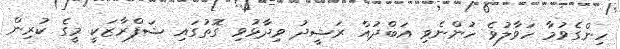
ހިންގެވުމާ ހަވާލުވެ ހުންނެވި އަބްދުއް ރަޝީދު ވިދާޅުވި ގޮތުގައި ޝަފްރާޒަކީ މީގެ ކުރިން